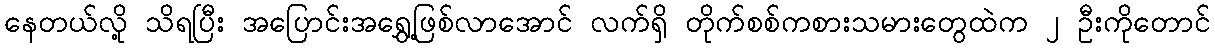
နေတယ်လို့ သိရပြီး အပြောင်းအရွှေ့ဖြစ်လာအောင် လက်ရှိ တိုက်စစ်ကစားသမားတွေထဲက ၂ ဦးကိုတောင်